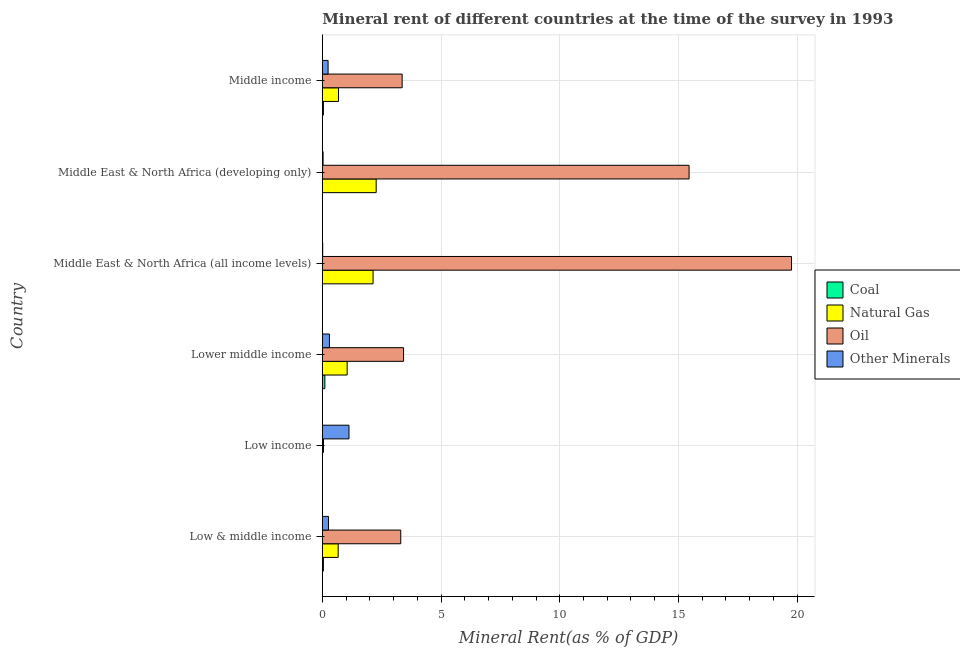
| Country | Coal | Natural Gas | Oil | Other Minerals |
 | --- | --- | --- | --- | --- |
 | Low & middle income | 0.0453 | 0.668 | 3.3 | 0.259 |
 | Low income | 8.24e-06 | 1.98e-05 | 0.0483 | 1.12 |
 | Lower middle income | 0.106 | 1.05 | 3.42 | 0.299 |
 | Middle East & North Africa (all income levels) | 0.000575 | 2.14 | 19.8 | 0.0158 |
 | Middle East & North Africa (developing only) | 0.00123 | 2.27 | 15.4 | 0.032 |
 | Middle income | 0.0461 | 0.68 | 3.36 | 0.242 |